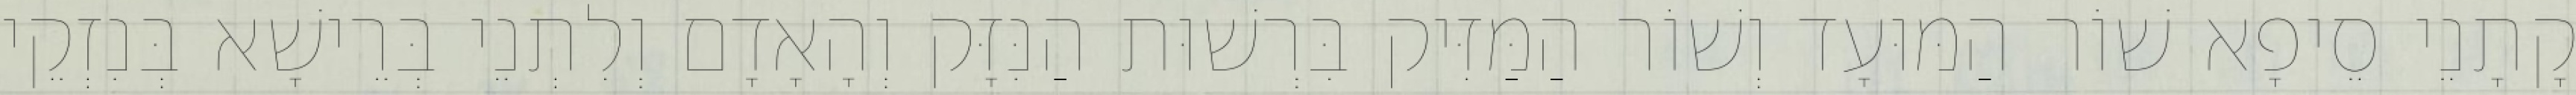
קָתָנֵי סֵיפָא שׁוֹר הַמּוּעָד וְשׁוֹר הַמַּזִּיק בִּרְשׁוּת הַנִּזָּק וְהָאָדָם וְלִתְנֵי בְּרֵישָׁא בְּנִזְקֵי